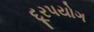
દૂરપયોગ